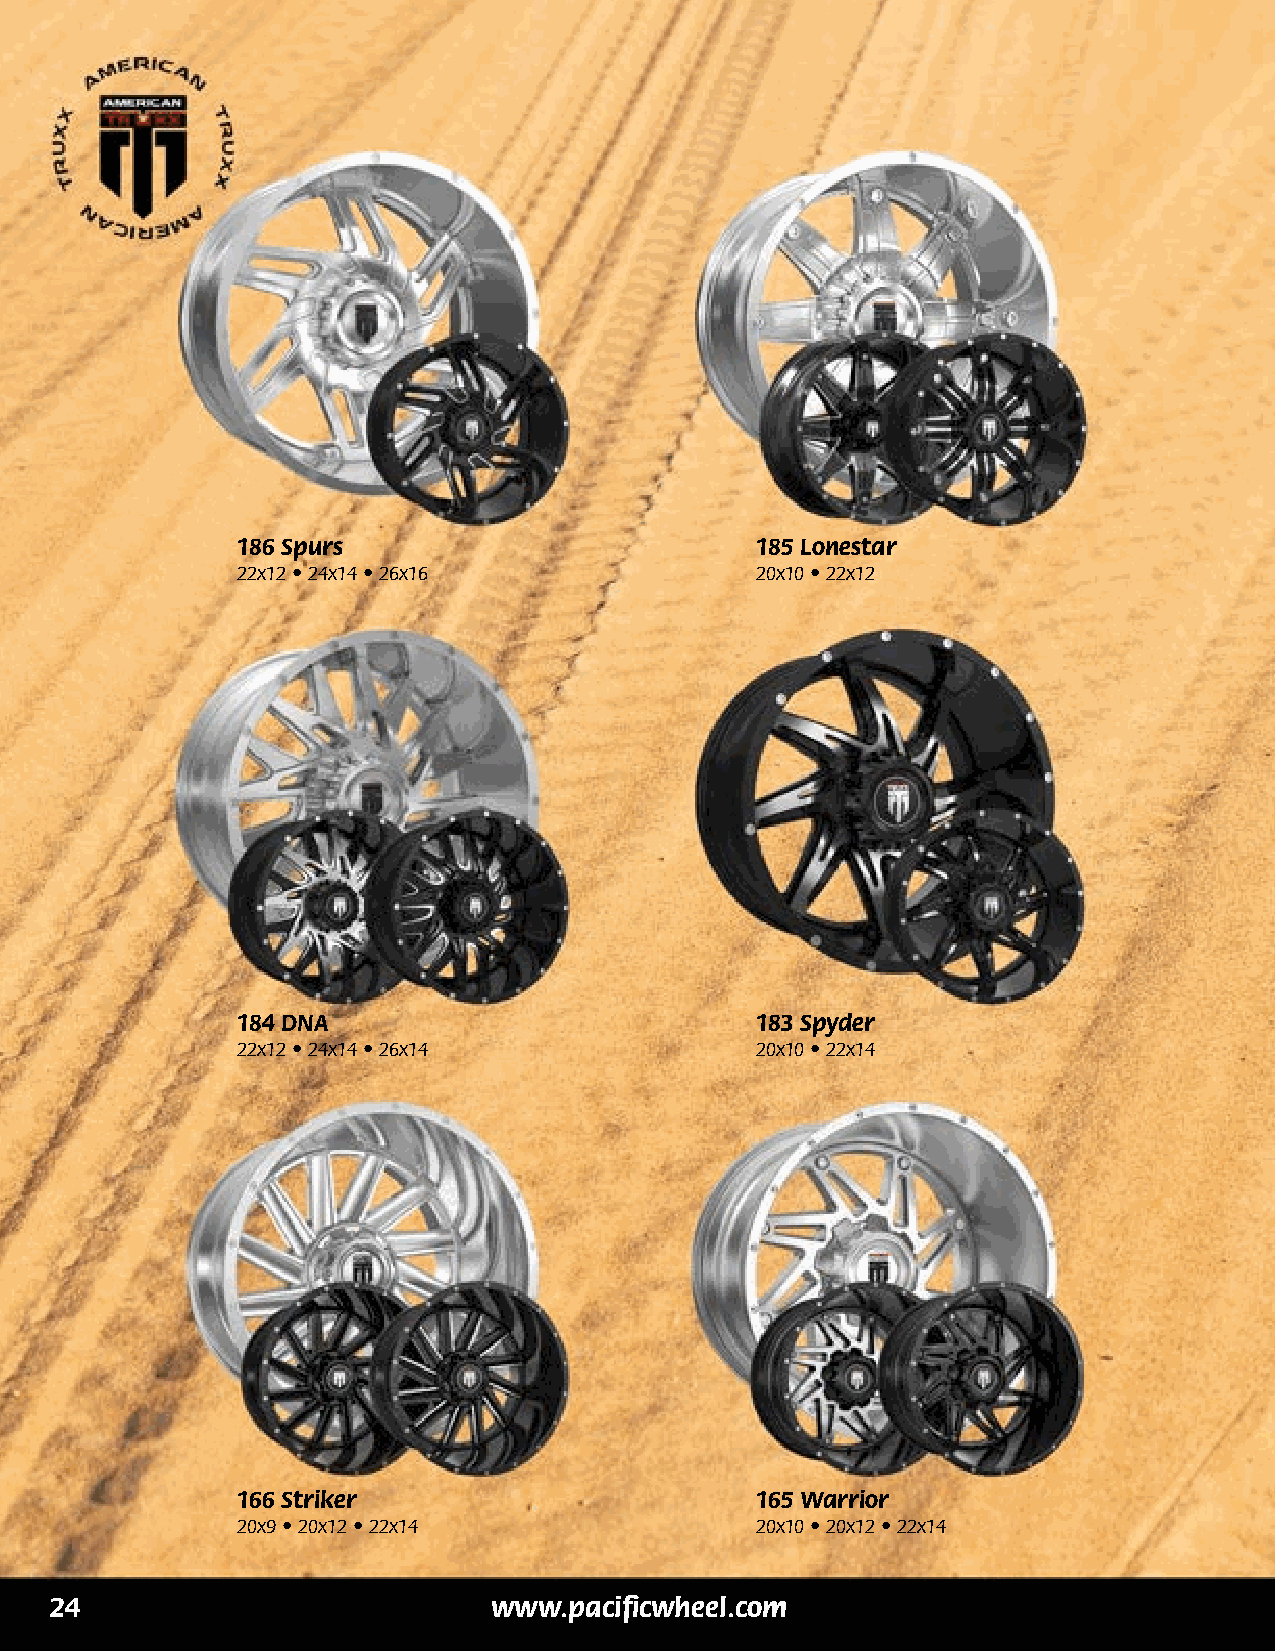
186 Spurs                         185 Lonestar
 22x12 • 24x14 • 26x16             20x10 • 22x12
 184 DNA                           183 Spyder
 22x12 • 24x14 • 26x14             20x10 • 22x14
 166 Striker                       165 Warrior
 20x9 • 20x12 • 22x14              20x10 • 20x12 • 22x14
 24                            www.pacificwheel.com